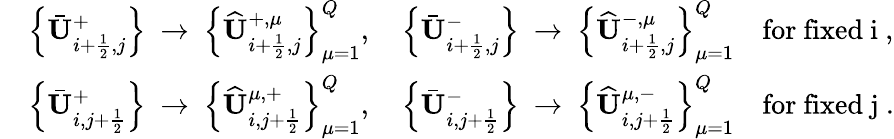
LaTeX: \begin{array}{rl}&{\left\{ \bar{\mathbf{U}}_{i+\frac 12,j}^{+}\right\} ~\to~\left\{ \widehat{\mathbf{U}}_{i+\frac 12,j}^{+,\mu}\right\} _{\mu=1}^{Q},\quad\left\{ \bar{\mathbf{U}}_{i+\frac 12,j}^{-}\right\} ~\to~\left\{ \widehat{\mathbf{U}}_{i+\frac 12,j}^{-,\mu}\right\} _{\mu=1}^{Q}\quad\mathrm{for~fixed~i~},}\\ &{\left\{ \bar{\mathbf{U}}_{i,j+\frac 12}^{+}\right\} ~\to~\left\{ \widehat{\mathbf{U}}_{i,j+\frac 12}^{\mu,+}\right\} _{\mu=1}^{Q},\quad\left\{ \bar{\mathbf{U}}_{i,j+\frac 12}^{-}\right\} ~\to~\left\{ \widehat{\mathbf{U}}_{i,j+\frac 12}^{\mu,-}\right\} _{\mu=1}^{Q}\quad\mathrm{for~fixed~j~}.}\end{array}